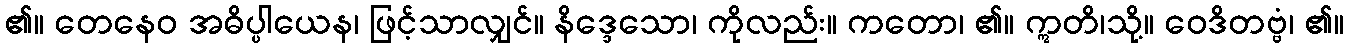
၏။ တေနေဝ အဓိပ္ပါယေန၊ ဖြင့်သာလျှင်။ နိဒ္ဒေသော၊ ကိုလည်း။ ကတော၊ ၏။ ဣတိ၊သို့။ ဝေဒိတဗ္ဗံ၊ ၏။